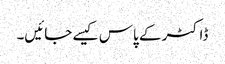
ڈاکٹر کے پاس کیسے جائیں۔